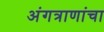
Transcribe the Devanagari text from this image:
अंगत्राणांचा